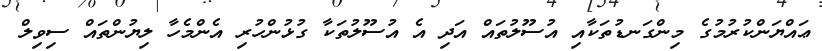
ޢައްޔަންކުރުމުގެ މިންގަނޑުތަކާއި އުސޫލުތައް އަދި އެ އުސޫލުތަކާ ގުޅުންހުރި އެންމެހާ ލިޔުންތައް ސިވިލް